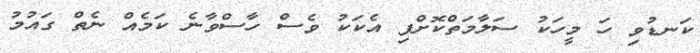
ކަނޑުވި ހަ މީހަކު ސަލާމަތްކޮށްފި އެކަކު ވެސް ހާސްވާނެ ކަމެއް ނެތް ގައުމު